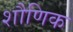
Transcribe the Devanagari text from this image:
शौणिक